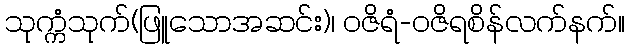
သုက္ကံသုက်(ဖြူသောအဆင်း)၊ ဝဇိရံ-ဝဇိရစိန်လက်နက်။